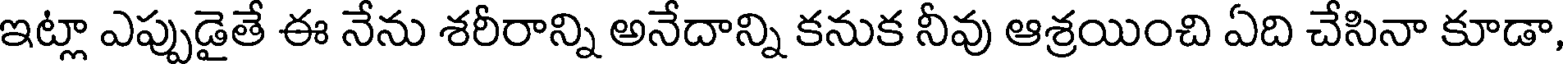
ఇట్లా ఎప్పుడైతే ఈ నేను శరీరాన్ని అనేదాన్ని కనుక నీవు ఆశ్రయించి ఏది చేసినా కూడా